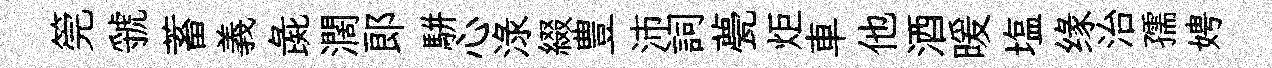
筦虢蓄義彘濶郞駢心渌綴豊沛詞甍炬車他酒暖塩缘治孺娉